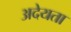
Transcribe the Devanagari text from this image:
अदेयता